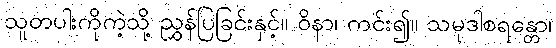
သူတပါးကိုကဲ့သို့ ညွှန်ပြခြင်းနှင့်။ ဝိနာ၊ ကင်း၍။ သမုဒါစရန္တော၊